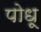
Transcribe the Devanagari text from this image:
पोधू